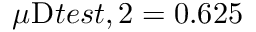
\mu _ { Ḋ } \mathrm { Ḋ } t e s t Ḍ , 2 Ḍ = 0 . 6 2 5